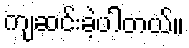
ကျဆင်းခဲ့ပါတယ်။